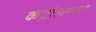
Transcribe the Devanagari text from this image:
कंट्रोलरच्या